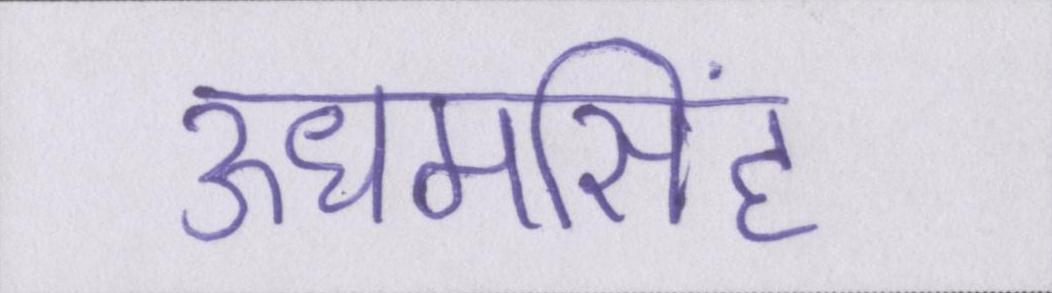
ऊधमसिंह